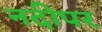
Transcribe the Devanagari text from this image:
नदीपर